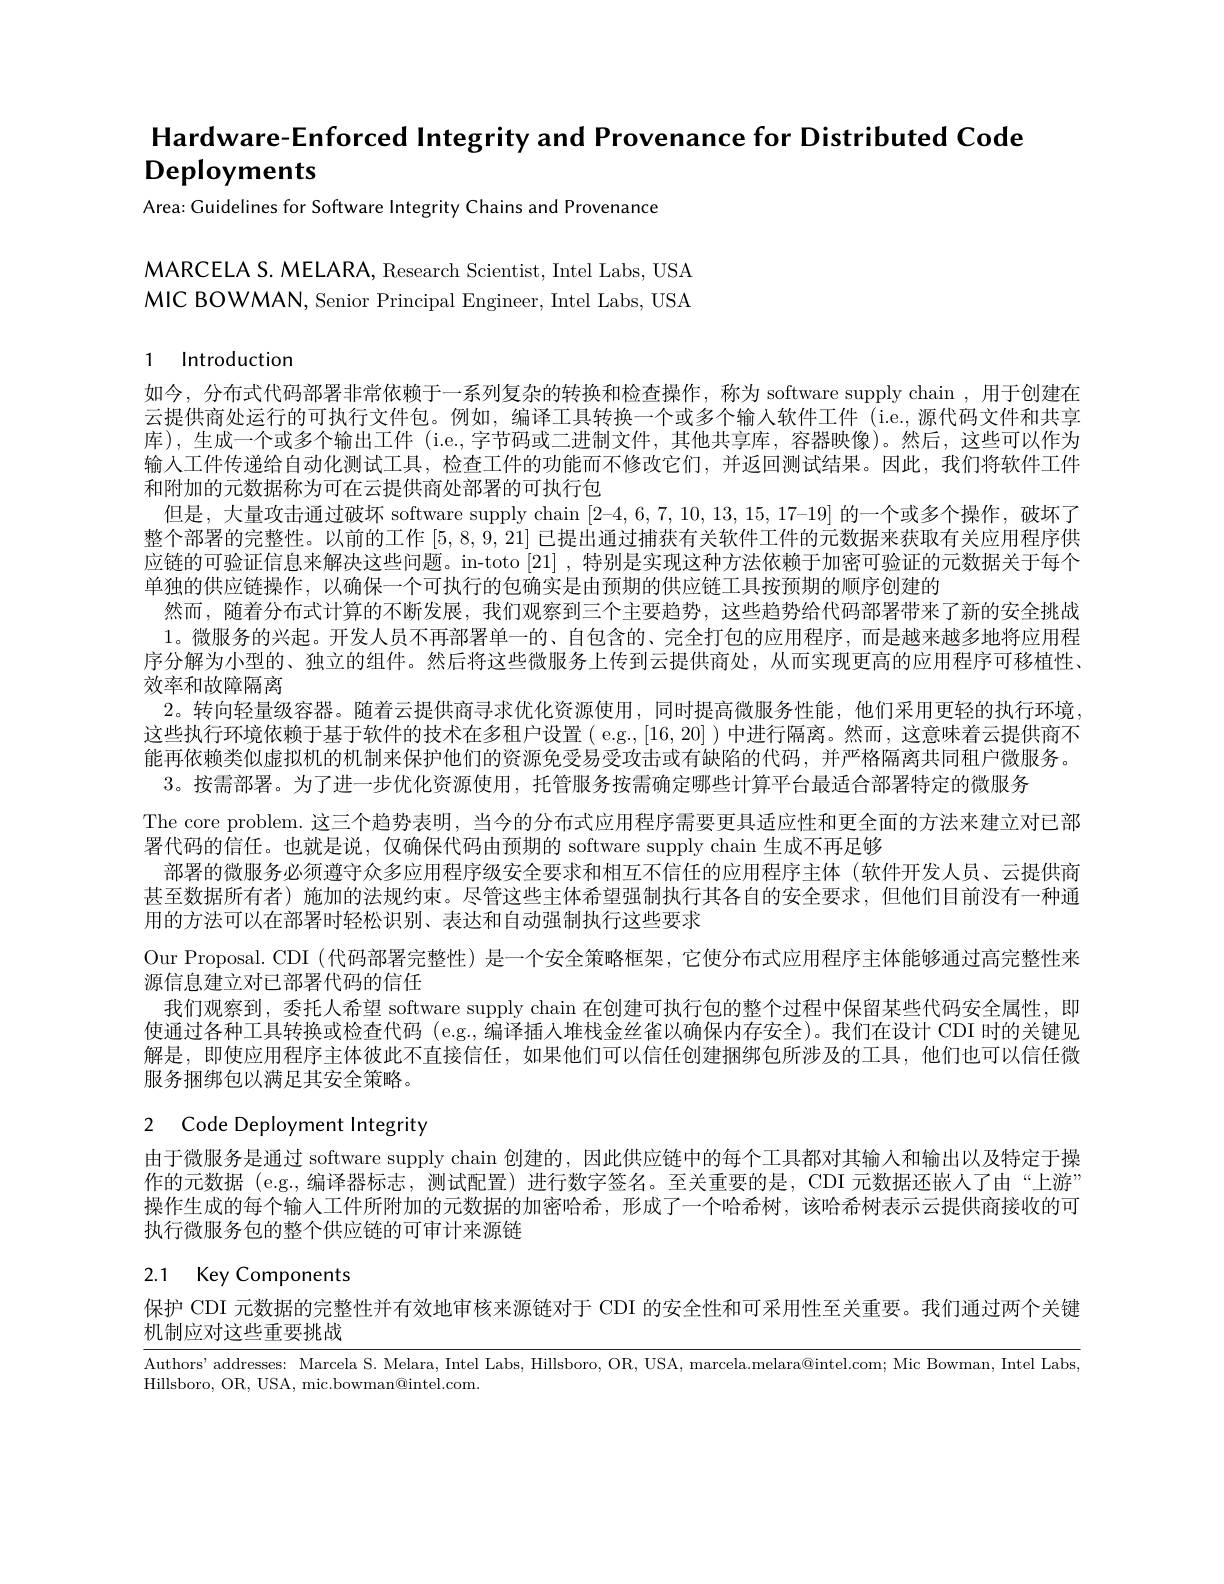
Hardware-Enforced Integrity and Provenance for Distributed Code

Deployments

Area: Guidelines for Software Integrity Chains and Provenance

MARCELA S. MELARA, Research Scientist, Intel Labs, USA MIC BOWMAN, Senior Principal Engineer, Intel Labs, USA

# 1 Introduction

如今，分布式代码部署非常依赖于一系列复杂的转换和检查操作，称为 software supply chain ,用于创建在云提供商处运行的可执行文件包。例如，编译工具转换一个或多个输入软件工件 (i.e.,源代码文件和共享库),生成一个或多个输出工件 (i.e.,字节码或二进制文件，其他共享库，容器映像)。然后，这些可以作为输入工件传递给自动化测试工具，检查工件的功能而不修改它们，并返回测试结果。因此，我们将软件工件和附加的元数据称为可在云提供商处部署的可执行包
但是，大量攻击通过破坏 software supply chain [2-4,6,7,10,13,15,17-19]的一个或多个操作，破坏了整个部署的完整性。以前的工作[5,8,9,21]已提出通过捕获有关软件工件的元数据来获取有关应用程序供应链的可验证信息来解决这些问题。in-toto [21] ,特别是实现这种方法依赖于加密可验证的元数据关于每个单独的供应链操作，以确保一个可执行的包确实是由预期的供应链工具按预期的顺序创建的
然而 ,随着分布式计算的不断发展，我们观察到三个主要趋势，这些趋势给代码部署带来了新的安全挑战1。微服务的兴起。开发人员不再部署单一的、自包含的、完全打包的应用程序，而是越来越多地将应用程序分解为小型的、独立的组件。然后将这些微服务上传到云提供商处，从而实现更高的应用程序可移植性、 效率和故障隔离
2。转向轻量级容器。随着云提供商寻求优化资源使用，同时提高微服务性能，他们采用更轻的执行环境这些执行环境依赖于基于软件的技术在多租户设置( e.g.,[16,20] ) 中进行隔离。然而，这意味着云提供商不能再依赖类似虚拟机的机制来保护他们的资源免受易受攻击或有缺陷的代码，并严格隔离共同租户微服务。3。按需部署。为了进一步优化资源使用，托管服务按需确定哪些计算平台最适合部署特定的微服务
The core problem.这三个趋势表明，当今的分布式应用程序需要更具适应性和更全面的方法来建立对已部
署代码的信任。也就是说，仅确保代码由预期的 software supply chain 生成不再足够
部署的微服务必须遵守众多应用程序级安全要求和相互不信任的应用程序主体(软件开发人员、云提供商甚至数据所有者)施加的法规约束。尽管这些主体希望强制执行其各自的安全要求，但他们目前没有一种通用的方法可以在部署时轻松识别、表达和自动强制执行这些要求
Our Proposal. CDI (代码部署完整性) 是一个安全策略框架，它使分布式应用程序主体能够通过高完整性来
源信息建立对已部署代码的信任
我们观察到，委托人希望 software supply chain 在创建可执行包的整个过程中保留某些代码安全属性，即使通过各种工具转换或检查代码 (e.g.,编译插人堆栈金丝雀以确保内存安全)。我们在设计 CDI 时的关键见解是，即使应用程序主体彼此不直接信任，如果他们可以信任创建捆绑包所涉及的工具，他们也可以信任微服务捆绑包以满足其安全策略。
2 Code Deployment Integrity

由于微服务是通过 software supply chain 创建的，因此供应链中的每个工具都对其输入和输出以及特定于操作的元数据 (e.g.,编译器标志，测试配置)进行数字签名。至关重要的是，CDI 元数据还嵌人了由“上游” 操作生成的每个输人工件所附加的元数据的加密哈希，形成了一个哈希树，该哈希树表示云提供商接收的可执行微服务包的整个供应链的可审计来源链

# 2.1 Key Components

保护 CDI 元数据的完整性并有效地审核来源链对于 CDI 的安全性和可采用性至关重要。我们通过两个关键

机制应对这些重要挑战

Authors'addresses: Marcela S. Melara, Intel Labs, Hillsboro, OR, USA, marcela.melara@intel.com; Mic Bowman, Intel Labs
Hillsboro, OR, USA, mic.bowman@intel.com.